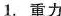
1.重力